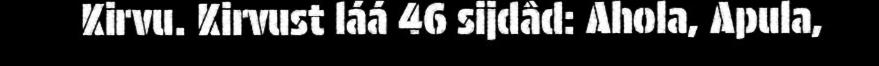
Kirvu. Kirvust láá 46 sijdâd: Ahola, Apula,